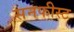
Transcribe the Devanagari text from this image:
सनफीस्ट